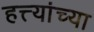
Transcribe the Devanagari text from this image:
हत्त्यांच्या